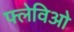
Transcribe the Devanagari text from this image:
फ्लेविओ